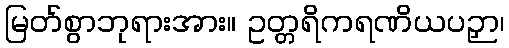
မြတ်စွာဘုရားအား။ ဥတ္တရိကရဏိယပဉှာ၊